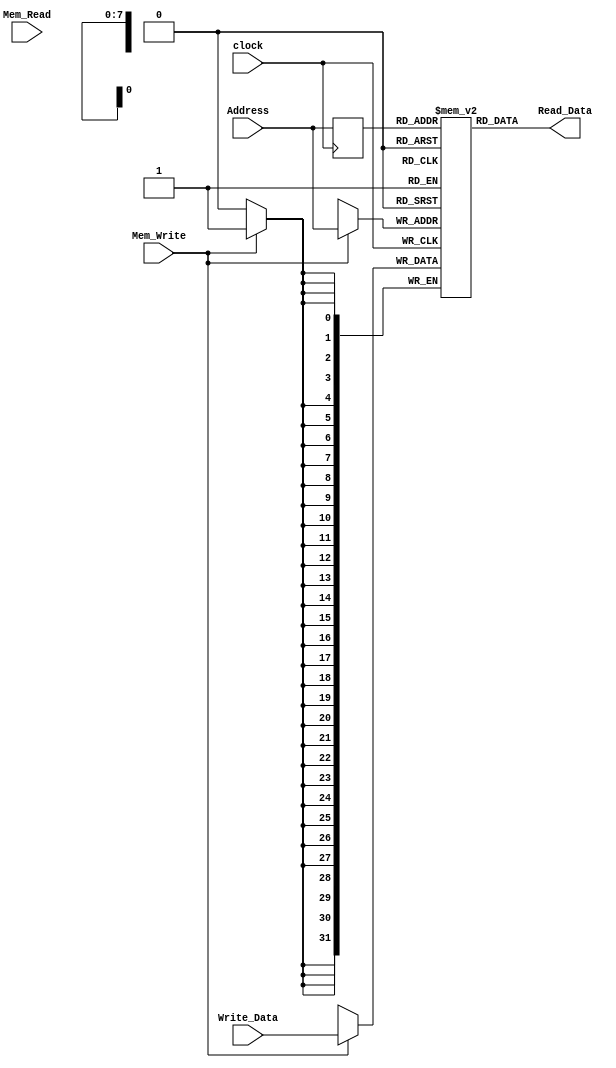
module Data_Memory

#(parameter DATA_WIDTH=32, parameter ADDR_WIDTH=8)
(
	input [(DATA_WIDTH-1):0] Write_Data,
	input [(ADDR_WIDTH-1):0] Address,
	input Mem_Read,
	input Mem_Write,
	input clock,
	output [(DATA_WIDTH-1):0] Read_Data
);


	reg [DATA_WIDTH-1:0] Data_Memory[2**ADDR_WIDTH-1:0];
	reg [(ADDR_WIDTH-1):0] Address_aux;	
	
	always @ (posedge clock) // clock dividido de 1sg, clock do sistema, clock principal
	begin
			if (Mem_Write)
					Data_Memory[Address] <= Write_Data;
			
			Address_aux <= Address;
			
			
	end
		

	
	assign Read_Data = Data_Memory[Address_aux];

	
	
endmodule